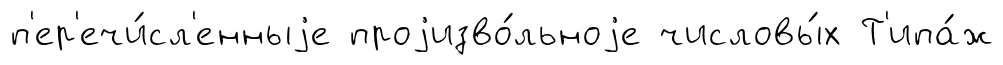
п'ер'ечи́сл'енныjе проjизво́льноjе числовы́х Т'ипа́ж